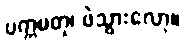
ပက္ကမတု၊ ဖဲသွားလော့။